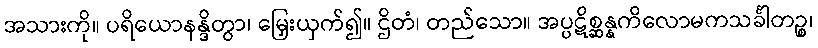
အသားကို။ ပရိယောနန္ဒိတွာ၊ မြှေးယှက်၍။ ဌိတံ၊ တည်သော။ အပ္ပဋိစ္ဆန္နကိလောမကသင်္ခါတဉ္စ၊